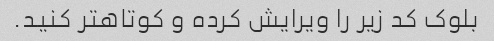
بلوک کد زیر را ویرایش کرده و کوتاهتر کنید.